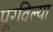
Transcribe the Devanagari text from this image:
पूरविल्या